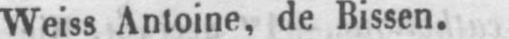
Weiss Antoine, de Bissen.